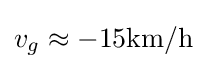
v_{g}\approx -15{\mbox{km/h}}